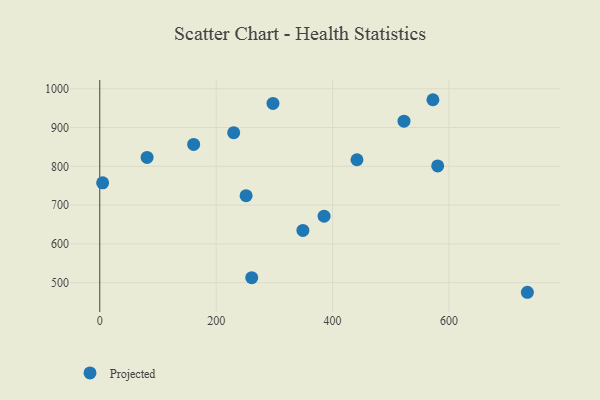
{"axis": {"x": "Experience", "y": "Yield"}, "legend": ["Projected"], "data": [{"x": "4.9", "y": 757.4, "type": "Projected"}, {"x": "230.1", "y": 886.8, "type": "Projected"}, {"x": "81.3", "y": 823.0, "type": "Projected"}, {"x": "522.7", "y": 916.5, "type": "Projected"}, {"x": "251.4", "y": 724.3, "type": "Projected"}, {"x": "261.1", "y": 512.7, "type": "Projected"}, {"x": "161.3", "y": 856.5, "type": "Projected"}, {"x": "580.6", "y": 801.0, "type": "Projected"}, {"x": "734.7", "y": 475.1, "type": "Projected"}, {"x": "297.6", "y": 962.2, "type": "Projected"}, {"x": "385.4", "y": 671.3, "type": "Projected"}, {"x": "572.4", "y": 971.7, "type": "Projected"}, {"x": "441.9", "y": 816.9, "type": "Projected"}, {"x": "349.0", "y": 634.7, "type": "Projected"}]}